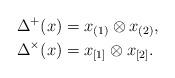
LaTeX: \begin{align*}\Delta^+(x) &= x_{(1)} \otimes x_{(2)},\\\Delta^\times(x) &= x_{[1]} \otimes x_{[2]}.\end{align*}